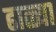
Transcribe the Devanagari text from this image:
ढाळ्या